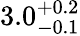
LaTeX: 3.0_{-0.1}^{+0.2}